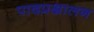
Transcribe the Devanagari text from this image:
पादप्रक्षालन